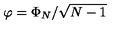
\varphi = \Phi _ { N } / \sqrt { N - 1 }